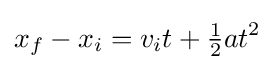
x_{f}-x_{i}=v_{i}t+{\tfrac {1}{2}}at^{2}